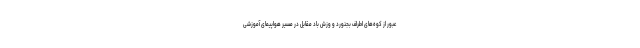
عبور از کوه‌های اطراف بجنورد و وزش باد مقابل در مسیر هواپیمای آموزشی